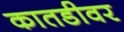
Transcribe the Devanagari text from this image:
कातडीवर